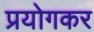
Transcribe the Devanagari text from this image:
प्रयोगकर